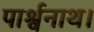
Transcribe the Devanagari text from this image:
पार्श्वनाथ।